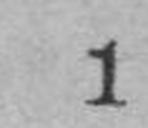
1